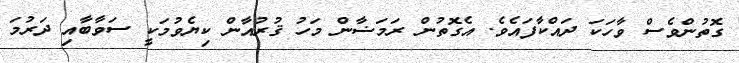
ގޮތުންވެސް ވާހަކަ ދައްކާފައެވެ. އެގޮތުން ރަމަޟާން މަހު ޤުރުއާން ކިޔެވުމަކީ ސަވާބާއި ދަރުމަ